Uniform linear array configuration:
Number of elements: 64
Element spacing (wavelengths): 0.75
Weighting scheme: hann
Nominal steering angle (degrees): -15
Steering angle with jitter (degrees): -13.99
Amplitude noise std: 0.05
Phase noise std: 0.05

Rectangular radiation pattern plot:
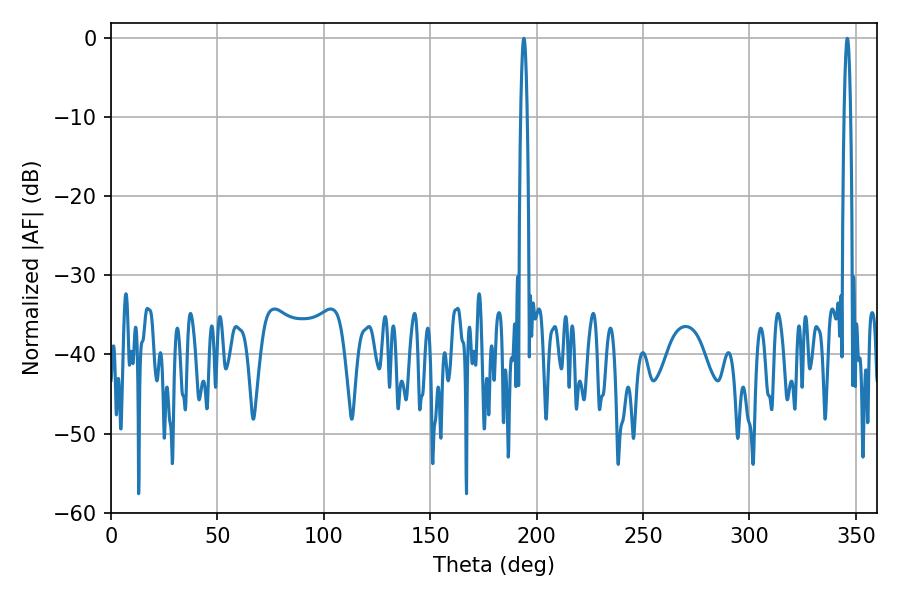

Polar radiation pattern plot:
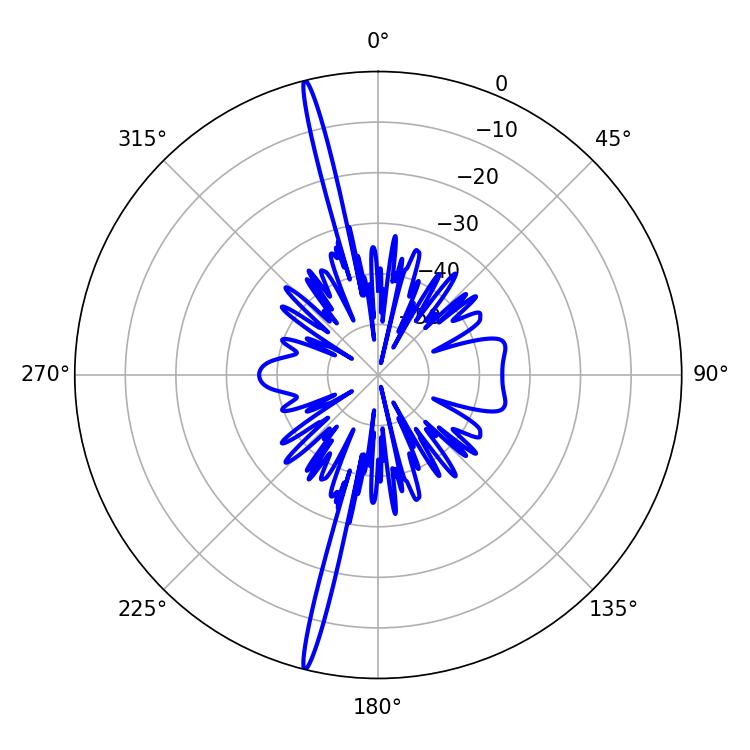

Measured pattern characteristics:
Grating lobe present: TRUE
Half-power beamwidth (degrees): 1.62
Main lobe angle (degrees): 345.96